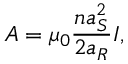
A = \mu _ { 0 } \frac { n a _ { S } ^ { 2 } } { 2 a _ { R } } I ,